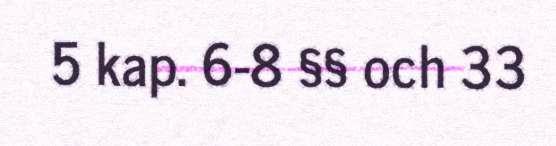
5 kap. 6-8 §§ och 33